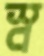
স্ব